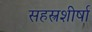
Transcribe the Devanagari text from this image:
सहस्त्रशीर्षा